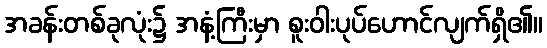
အခန်းတစ်ခုလုံး၌ အနံ့ကြီးမှာ စူးဝါးပုပ်ဟောင်လျက်ရှိ၏။